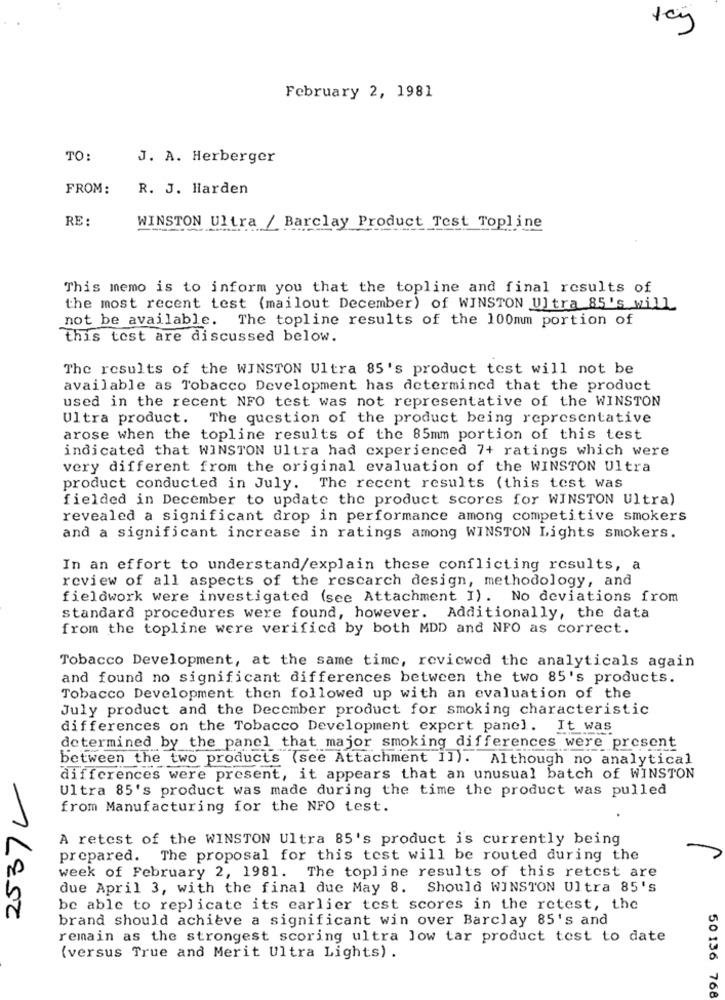
February 2, 1981
TO:
J. A. Herberger
FROM:
R. J. Harden
RE:
WINSTON Ultra / Barclay Product Test Topline
This memo is to inform you that the topline and final results of
the most recent test (mailout December) of WINSTON Ultra 85's will
not be available. The topline results of the 100mm portion of
this test are discussed below.
The results of the WINSTON Ultra 85's product test will not be
available as Tobacco Development has determined that the product
used in the recent NFO test was not representative of the WINSTON
Ultra product. The question of the product being representative
arose when the topline results of the 85mm portion of this test
indicated that WINSTON Ultra had experienced 7+ ratings which were
very different from the original evaluation of the WINSTON Ultra
product conducted in July. The recent results (this test was
fielded in December to update the product scores for WINSTON Ultra)
revealed a significant drop in performance among competitive smokers
and a significant increase in ratings among WINSTON Lights smokers.
In an effort to understand/explain these conflicting results, a
review of all aspects of the rescarch design, methodology, and
fieldwork were investigated (see Attachment I). No deviations from
standard procedures were found, however. Additionally, the data
from the topline were verified by both MDD and NFO as correct.
Tobacco Development, at the same time, reviewed the analyticals again
and found no significant differences between the two 85's products.
Tobacco Development then followed up with an evaluation of the
July product and the December product for smoking characteristic
differences on the Tobacco Development expert panel. It was
determined by the panel that major smoking differences were present
between the two products (see Attachment Il). Although no analytical
2537V
differences were present, it appears that an unusual batch of WINSTON
Ultra 85's product was made during the time the product was pulled
from Manufacturing for the NFO test.
A retest of the WINSTON Ultra 85's product is currently being
prepared. The proposal for this test will be routed during the
week of February 2, 1981. The topline results of this retest are
due April 3, with the final due May 8. Should WINSTON Ultra 85's
be able to replicate its earlier test scores in the retest, the
brand should achieve a significant win over Barclay 85's and
remain as the strongest scoring ultra low tar product test to date
(versus True and Merit Ultra Lights) .
50 136 768